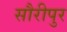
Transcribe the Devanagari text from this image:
सौरीपुर